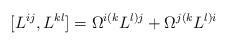
LaTeX: \begin{align*} [L^{ij},L^{kl}]= \Omega^{i(k}L^{l)j} + \Omega^{j(k}L^{l)i}\end{align*}